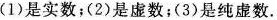
(1)是实数；(2)是虚数；(3)是纯虚数.